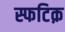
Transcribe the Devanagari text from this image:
स्फटिक़